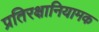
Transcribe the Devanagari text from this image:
प्रतिरक्षानियामक